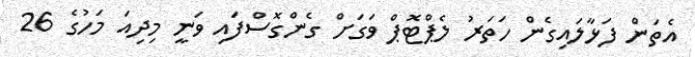
އެތަން ފަޅާލައިގެން ހަތަރު ލެޕްޓޮޕް ވަގަށް ގެންގޮސްފައި ވަނީ މިދިއަ މަހުގެ 26